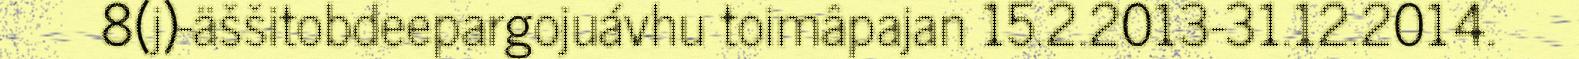
8(j)-äššitobdeepargojuávhu toimâpajan 15.2.2013-31.12.2014.